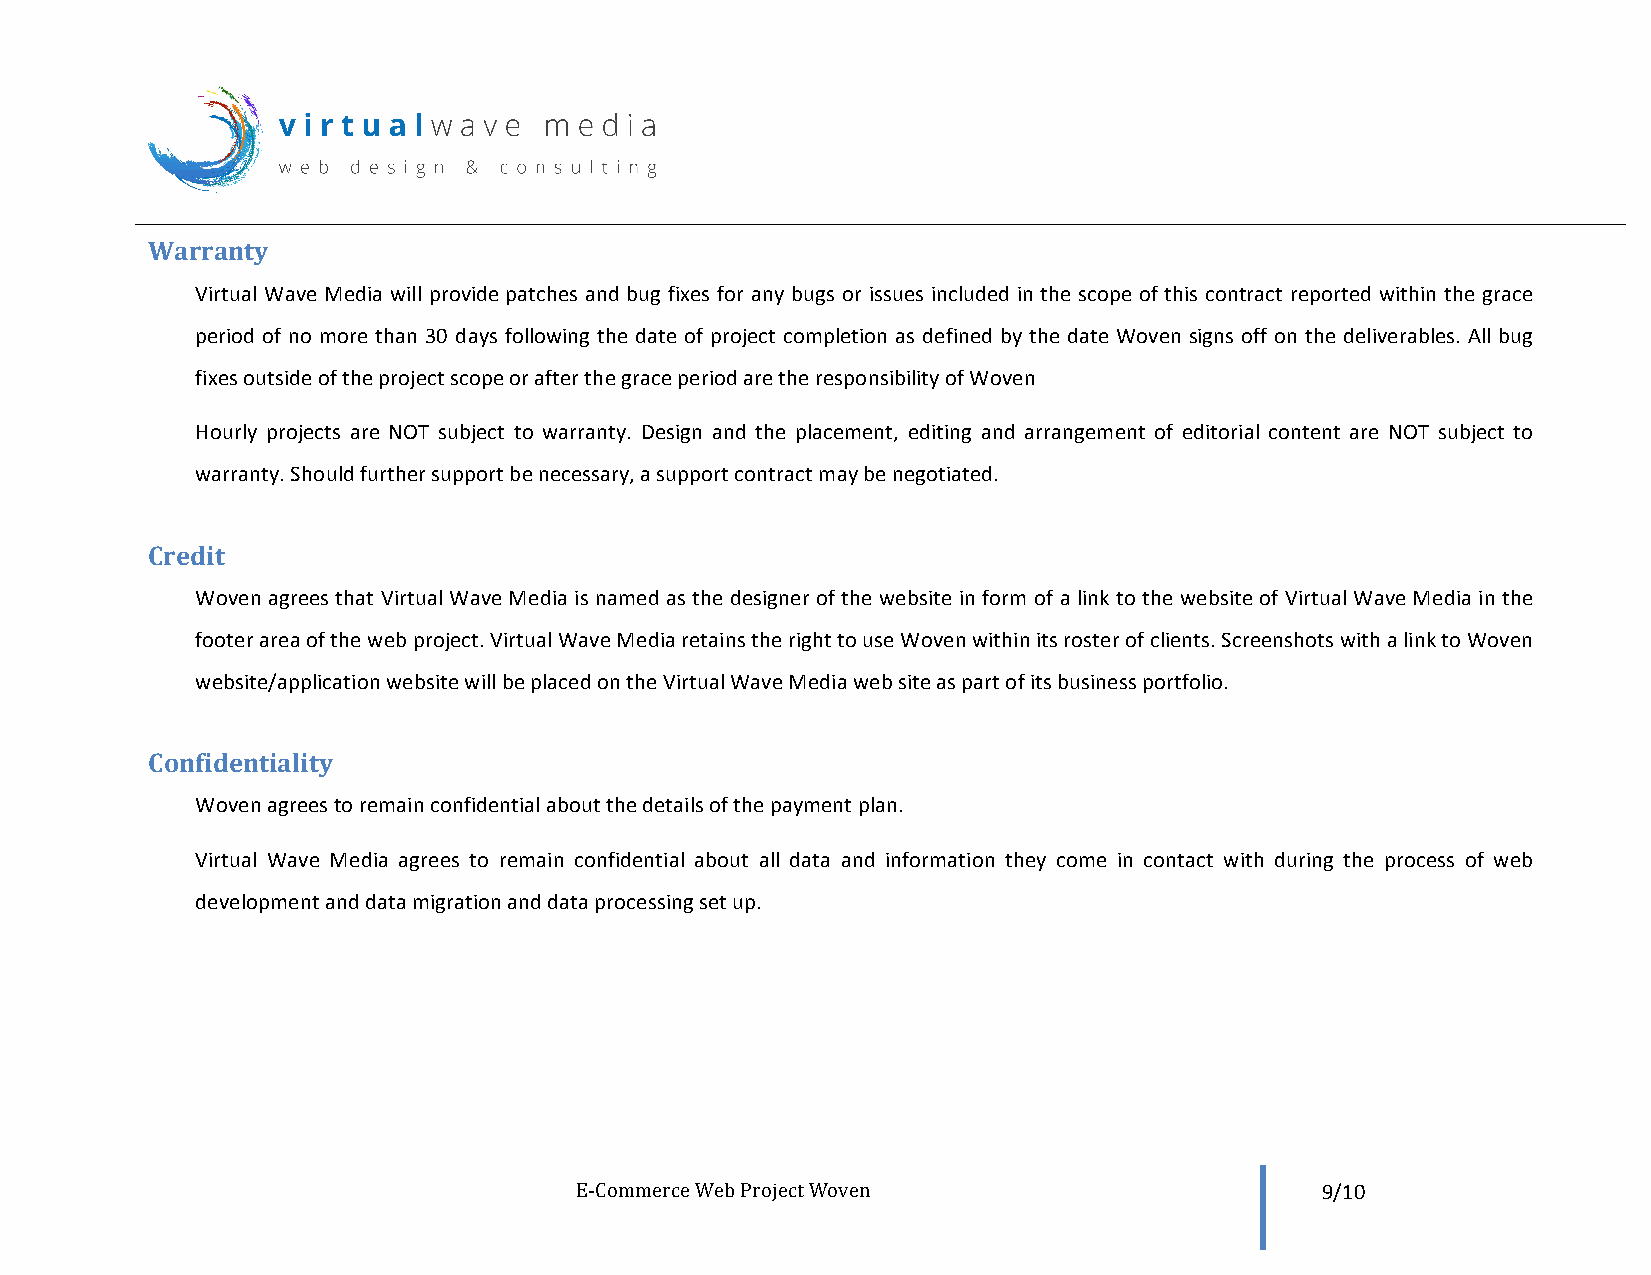
Warranty
 Virtual Wave Media will provide patches and bug fixes for any bugs or issues included in the scope of this contract reported within the grace
 period of no more than 30 days following the date of project completion as defined by the date Woven signs off on the deliverables. All bug
 fixes outside of the project scope or after the grace period are the responsibility of Woven
 Hourly projects are NOT subject to warranty. Design and the placement, editing and arrangement of editorial content are NOT subject to
 warranty. Should further support be necessary, a support contract may be negotiated.
 Credit
 Woven agrees that Virtual Wave Media is named as the designer of the website in form of a link to the website of Virtual Wave Media in the
 footer area of the web project. Virtual Wave Media retains the right to use Woven within its roster of clients. Screenshots with a link to Woven
 website/application website will be placed on the Virtual Wave Media web site as part of its business portfolio.
 Confidentiality
 Woven agrees to remain confidential about the details of the payment plan.
 Virtual Wave Media agrees to remain confidential about all data and information they come in contact with during the process of web
 development and data migration and data processing set up.
 E-­‐Commerce Web Project Woven                   9/10